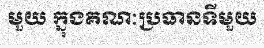
មួយ ក្នុងគណៈប្រធានទីមួយ